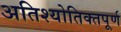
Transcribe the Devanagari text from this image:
अतिश्योतिक्तपूर्ण